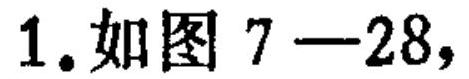
1.如图 \(7 - 28\)，